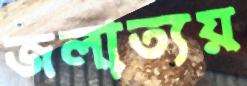
জলাত্যয়